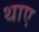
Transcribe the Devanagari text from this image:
थाए